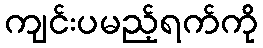
ကျင်းပမည့်ရက်ကို